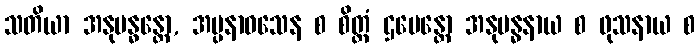
သတိယာ အနုဗန္ဓန္တော, အပ္ပနာဝသေန စ စိတ္တံ ဌပေန္တော အနုဗန္ဓနာယ စ ဖုသနာယ စ